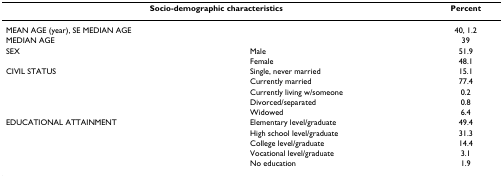
<table><thead><tr><td colspan="2"><b>Socio-demographic characteristics</b></td><td><b>Percent</b></td></tr></thead><tbody><tr><td>MEAN AGE (year), SE MEDIAN AGE</td><td></td><td>40, 1.2</td></tr><tr><td>MEDIAN AGE</td><td></td><td>39</td></tr><tr><td>SEX</td><td>Male</td><td>51.9</td></tr><tr><td></td><td>Female</td><td>48.1</td></tr><tr><td>CIVIL STATUS</td><td>Single, never married</td><td>15.1</td></tr><tr><td></td><td>Currently married</td><td>77.4</td></tr><tr><td></td><td>Currently living w/someone</td><td>0.2</td></tr><tr><td></td><td>Divorced/separated</td><td>0.8</td></tr><tr><td></td><td>Widowed</td><td>6.4</td></tr><tr><td>EDUCATIONAL ATTAINMENT</td><td>Elementary level/graduate</td><td>49.4</td></tr><tr><td></td><td>High school level/graduate</td><td>31.3</td></tr><tr><td></td><td>College level/graduate</td><td>14.4</td></tr><tr><td></td><td>Vocational level/graduate</td><td>3.1</td></tr><tr><td></td><td>No education</td><td>1.9</td></tr></tbody></table>